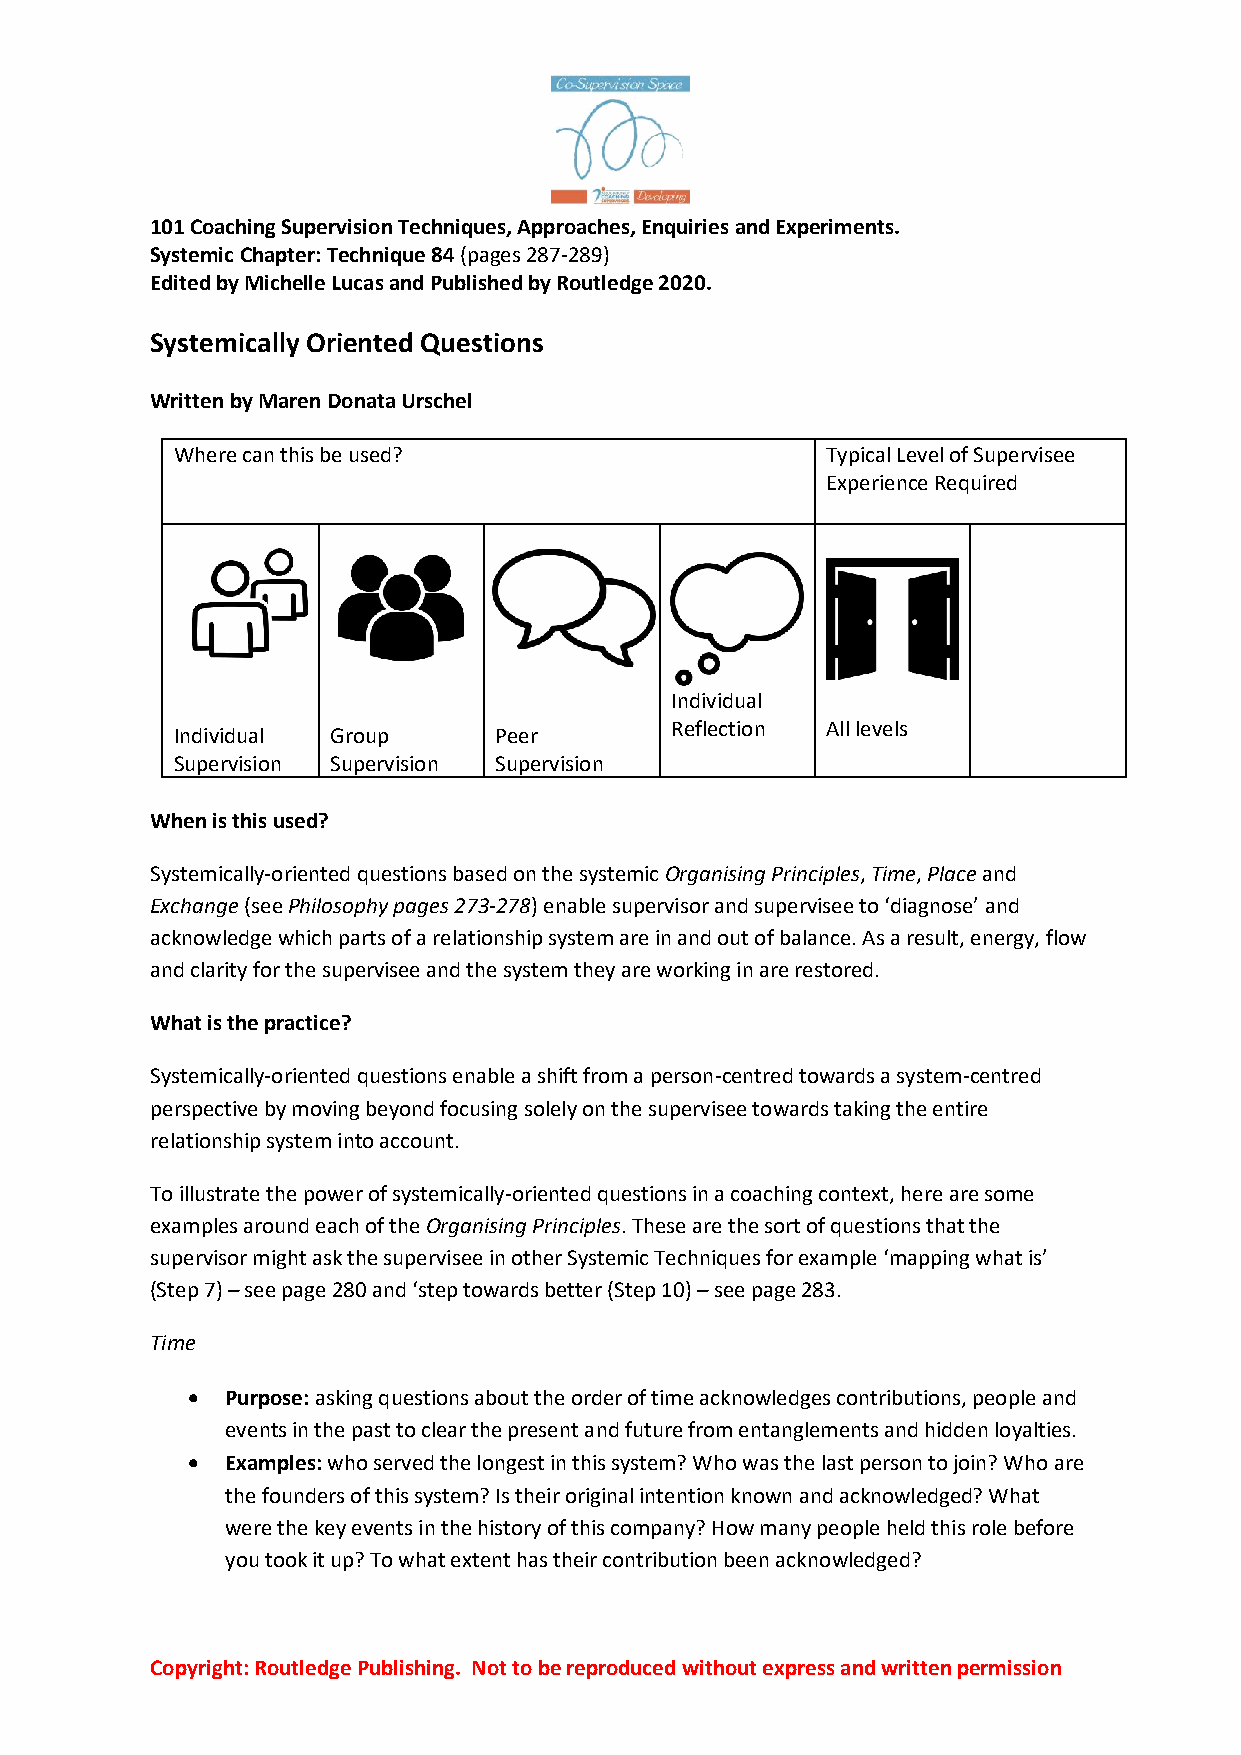
101 Coaching Supervision Techniques, Approaches, Enquiries and Experiments.
 Systemic Chapter: Technique 84 (pages 287-289)
 Edited by Michelle Lucas and Published by Routledge 2020.
 Systemically Oriented Questions
 Written by Maren Donata Urschel
 Where can this be used?                     Typical Level of Supervisee
 Experience Required
 Individual
 Reflection All levels
 Individual Group      Peer
 Supervision Supervision Supervision
 When is this used?
 Systemically-oriented questions based on the systemic Organising Principles, Time, Place and
 Exchange (see Philosophy pages 273-278) enable supervisor and supervisee to ‘diagnose’ and
 acknowledge which parts of a relationship system are in and out of balance. As a result, energy, flow
 and clarity for the supervisee and the system they are working in are restored.
 What is the practice?
 Systemically-oriented questions enable a shift from a person-centred towards a system-centred
 perspective by moving beyond focusing solely on the supervisee towards taking the entire
 relationship system into account.
 To illustrate the power of systemically-oriented questions in a coaching context, here are some
 examples around each of the Organising Principles. These are the sort of questions that the
 supervisor might ask the supervisee in other Systemic Techniques for example ‘mapping what is’
 (Step 7) – see page 280 and ‘step towards better (Step 10) – see page 283.
 Time
 •  Purpose: asking questions about the order of time acknowledges contributions, people and
 events in the past to clear the present and future from entanglements and hidden loyalties.
 •  Examples: who served the longest in this system? Who was the last person to join? Who are
 the founders of this system? Is their original intention known and acknowledged? What
 were the key events in the history of this company? How many people held this role before
 you took it up? To what extent has their contribution been acknowledged?
 Copyright: Routledge Publishing. Not to be reproduced without express and written permission